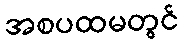
အစပထမတွင်